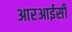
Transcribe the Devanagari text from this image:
आरआईसी